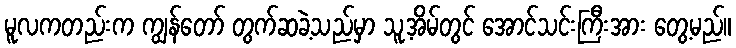
မူလကတည်းက ကျွန်တော် တွက်ဆခဲ့သည်မှာ သူ့အိမ်တွင် အောင်သင်းကြီးအား တွေ့မည်။